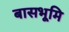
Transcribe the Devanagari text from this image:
बासभूमि